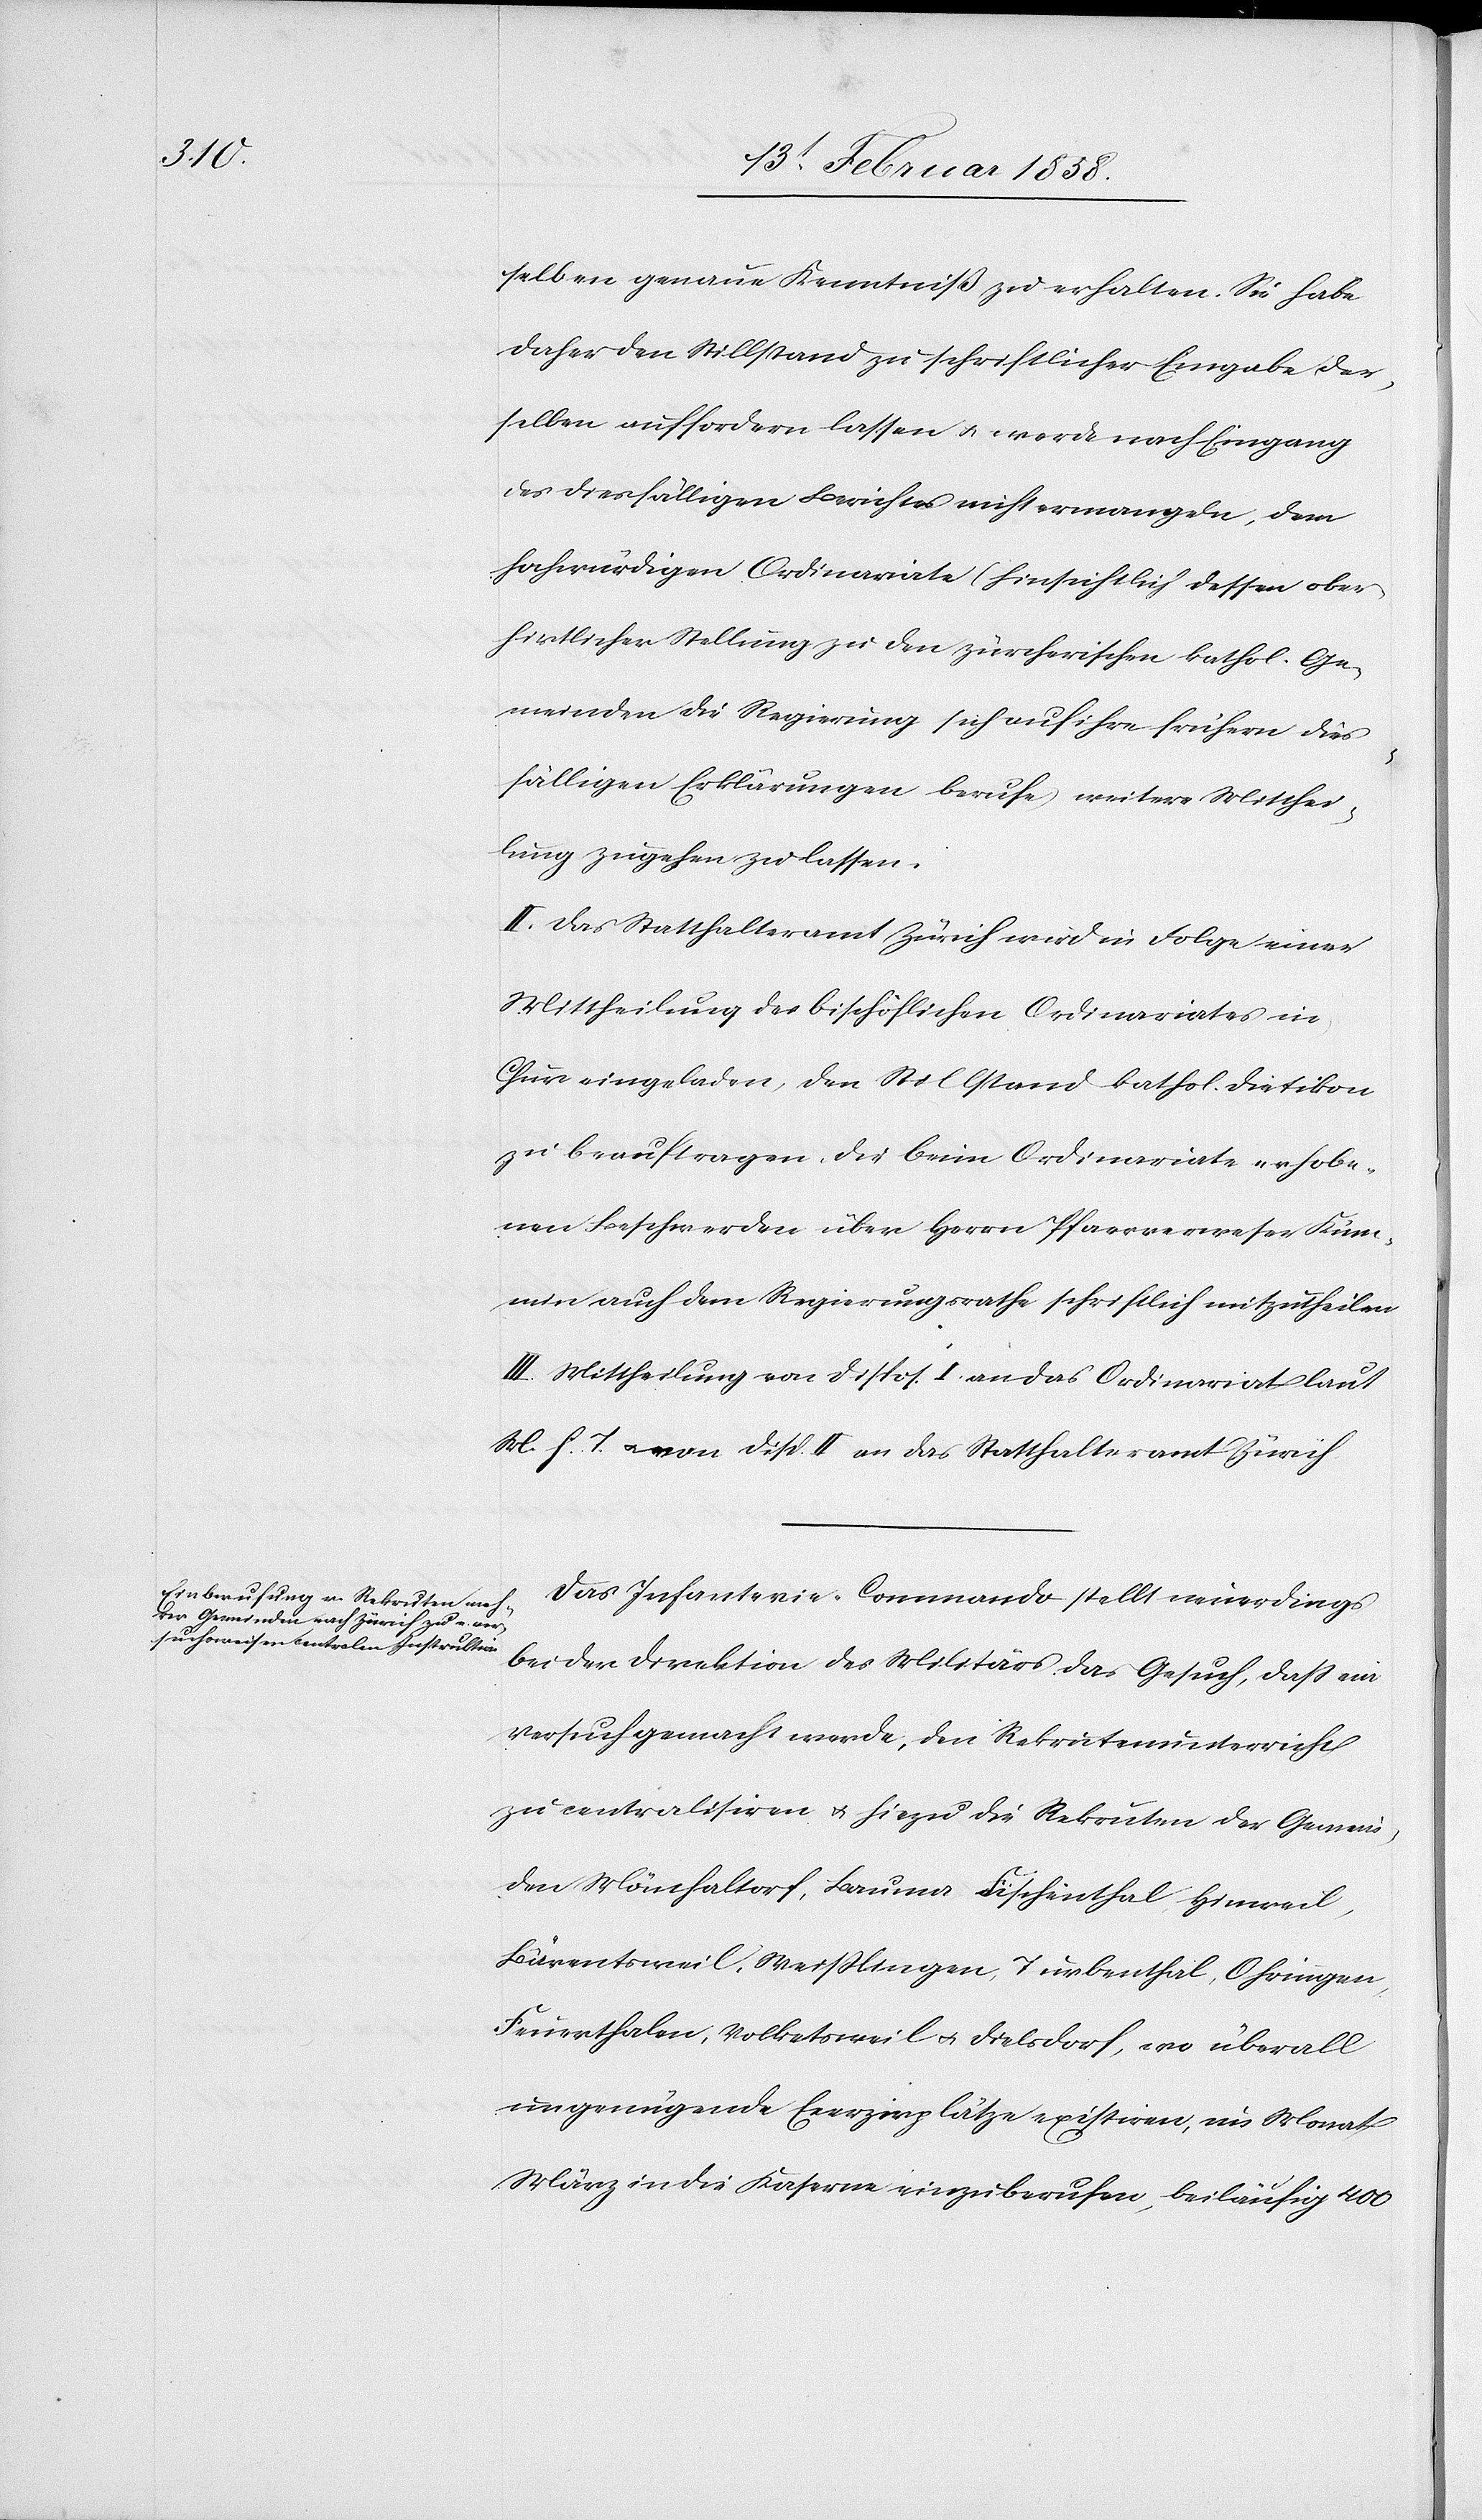
selben genaue Kenntniß zu erhalten. Sie habe
daher den Stillstand zu schriftlicher Eingabe der¬
selben auffordern lassen u. werde nach Eingang
des diesfälligen Berichtes nicht ermangeln, dem
hochwürdigen Ordinariate (hinsichtlich dessen ober¬
hirtlichen Stellung zu den zürcherischen kathol. Ge¬
meinden die Regierung sich auf ihre frühern dies¬
fälligen Erklärungen berufe,) weitere Mitthei¬
lung zugehen zu lassen.
II. Das Statthalteramt Zürich wird in folge einer
Mittheilung des bischöflichen Ordinariates in
Chur eingeladen, den Stillstand kathol. Dietikon
zu beauftragen, die beim Ordinariate erhobe¬
nen Beschwerden über Herrn Pfarrverweser Küm¬
min auch dem Regierungsrathe schriftlich mitzutheilen.
III. Mittheilung von Dispos. I. an das Ordinariat laut
M. h. T. u. von Disp. II an das Statthalteramt Zürich.
Das Infanterie-Commando stellt neuerdings
bei der Direktion des Militärs das Gesuch, daß ein
Versuch gemacht werde, den Rekrutenunterricht
zu centralisiren u. hiezu die Rekruten der Gemein¬
den Mönchaltorf, Bauma[,] Fischenthal[,] Hinweil,
Bärentsweil, Weißlingen, Turbenthal, Ohringen,
Feuerthalen, Volketsweil u. Dielsdorf, wo überall
ungenügende Ecerzirplätze existirien, im Monat
März in die Kaserne einzuberufen, beiläufig 400